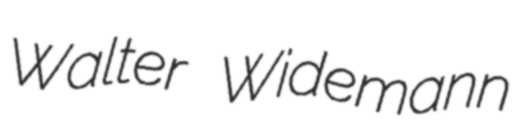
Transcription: Walter Widemann